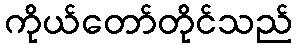
ကိုယ်တော်တိုင်သည်